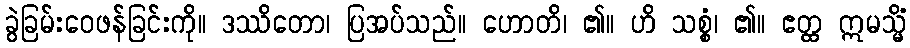
ခွဲခြမ်းဝေဖန်ခြင်းကို။ ဒဿိတော၊ ပြအပ်သည်။ ဟောတိ၊ ၏။ ဟိ သစ္စံ၊ ၏။ ဧတ္ထ ဣမသ္မိံ